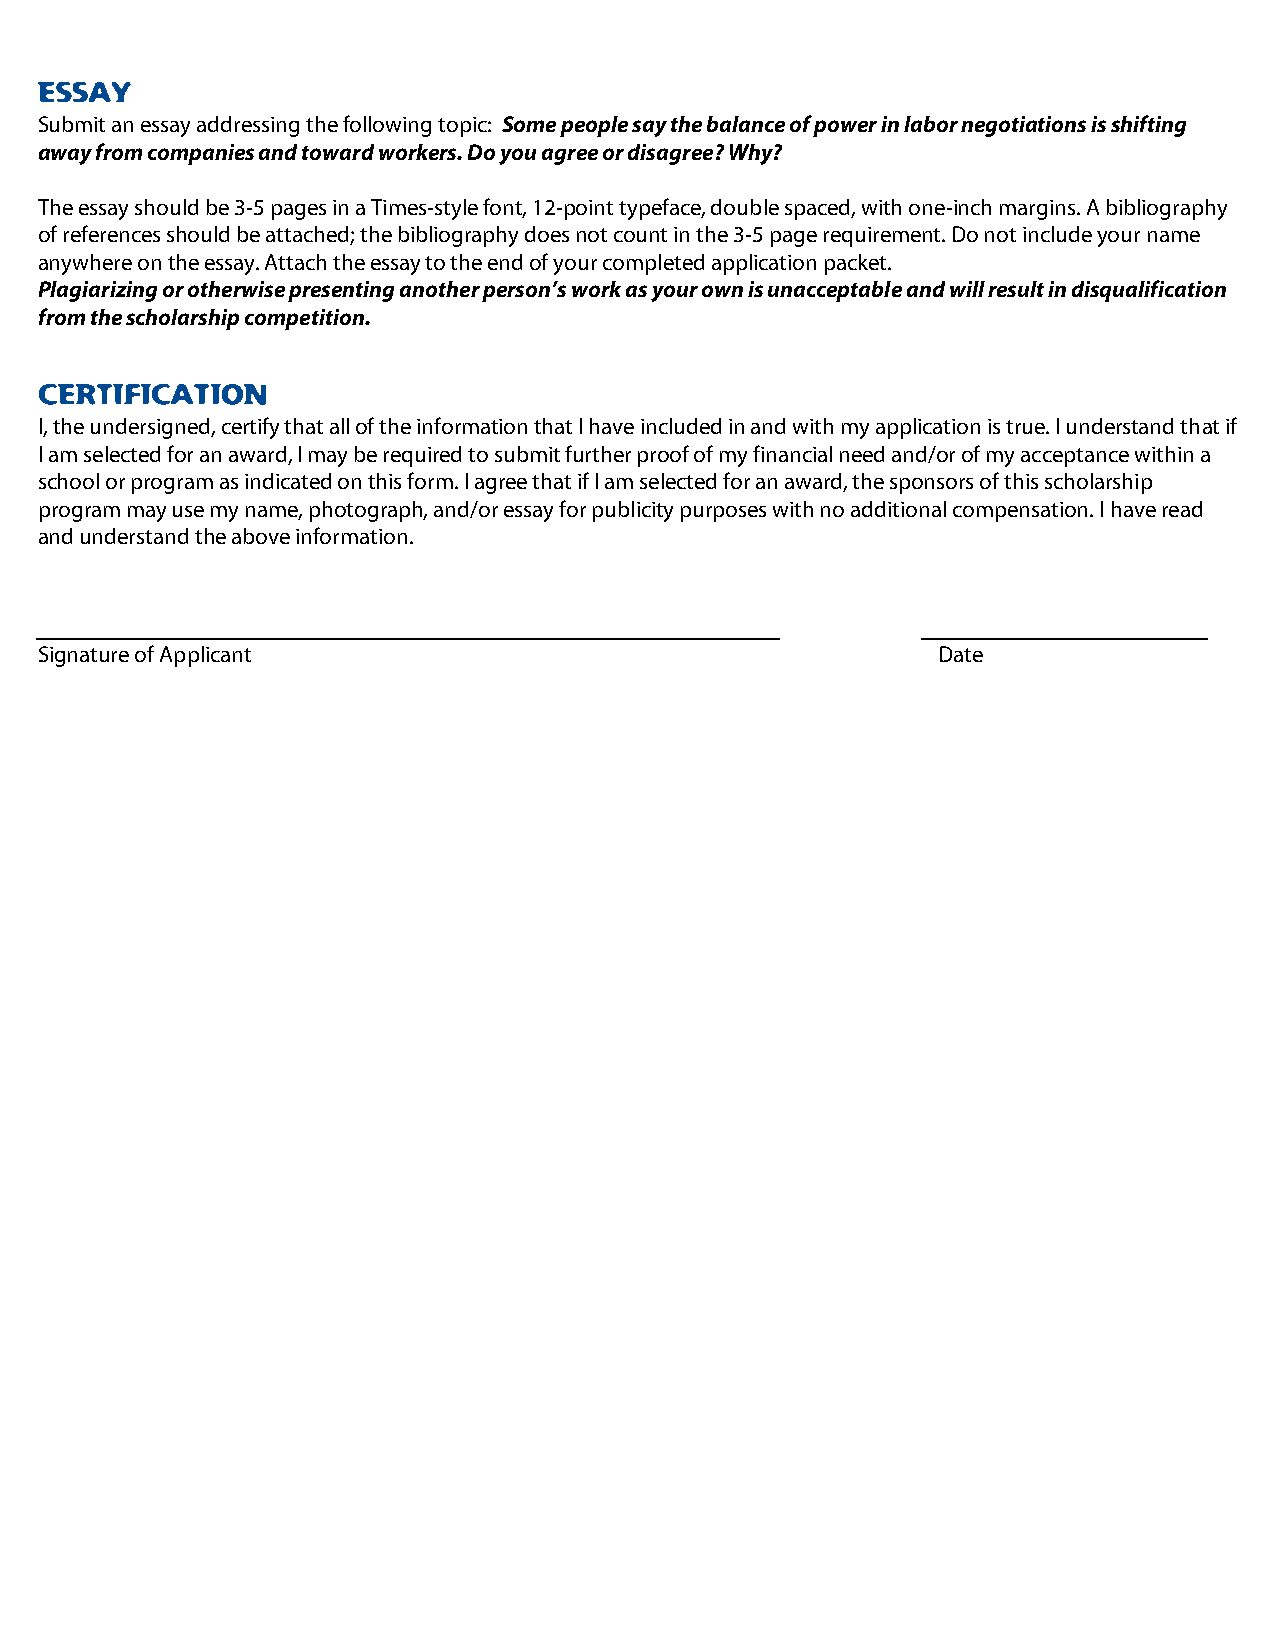
ESSAY
 Submit an essay addressing the following topic: Some people say the balance of power in labor negotiations is shifting
 away from companies and toward workers. Do you agree or disagree? Why?
 The essay should be 3-5 pages in a Times-style font, 12-point typeface, double spaced, with one-inch margins. A bibliography
 of references should be attached; the bibliography does not count in the 3-5 page requirement. Do not include your name
 anywhere on the essay. Attach the essay to the end of your completed application packet.
 Plagiarizing or otherwise presenting another person’s work as your own is unacceptable and will result in disqualification
 from the scholarship competition.
 CERTIFICATION
 I, the undersigned, certify that all of the information that I have included in and with my application is true. I understand that if
 I am selected for an award, I may be required to submit further proof of my financial need and/or of my acceptance within a
 school or program as indicated on this form. I agree that if I am selected for an award, the sponsors of this scholarship
 program may use my name, photograph, and/or essay for publicity purposes with no additional compensation. I have read
 and understand the above information.
 Signature of Applicant                                     Date